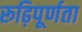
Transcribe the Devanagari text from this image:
रूढ़िपूर्णता